system: You are a helpful assistant.
user:
Analyze the provided spectrum to determine if it is a **"Cataclysmic Variables (CV)"**.

- **Key Indicators for CV (Check for either state):**
    - **State 1: Quiescent / Low-State (Emission-Dominated)**
        - **(Primary):** Strong and *very broad* Hydrogen Balmer emission lines (e.g., $H\alpha$ at 6563 Å, $H\beta$ at 4861 Å). The 'broadness' (high velocity dispersion, often FWHM > 1000 km/s) is the key diagnostic, indicating a high-velocity accretion disk.
        - **(Secondary):** Broad neutral Helium (He I) emission lines (e.g., 5876 Å, 6678 Å).
        - **(Key Confirmation):** Presence of high-excitation *ionized* Helium (He II) emission at 4686 Å. This is a strong indicator of accretion onto a white dwarf.
        - **(Line Profile):** Emission lines may exhibit a 'double-peaked' profile, which is a classic signature of a rotating accretion disk viewed at high inclination.

    - **State 2: Outburst / High-State (Absorption-Dominated)**
        - **(Primary):** Spectrum is dominated by a bright, blue continuum (looks like a hot star).
        - **(Secondary):** The emission lines from State 1 are weak, absent, or 'filled in', and are replaced by broad, shallow *absorption* lines (primarily Balmer and He I).
        - **(Morphology):** The overall spectrum mimics a hot B/A-type star. The crucial difference is that the absorption lines are significantly broader, shallower, and more 'washed-out' (or 'smeared') than the sharp lines of a normal stellar photosphere, due to high rotational speeds and pressure broadening in the disk.

Think first, call **spectral_visualization_tool** if needed to examine features in detail, then provide your final answer. Your response must adhere to the following strict rules:
1.  **Overall Structure:** Your response must follow the format `<think>...</think> <tool_call>...</tool_call> (if a tool is used) <answer>...</answer>`.
2.  **Tool Usage Constraint:** You may only make **one** tool call per turn.
3.  **Final Answer Format:** In the `<answer>` tag, your conclusion must be inside a `\boxed{}` command (e.g., `\boxed{YES}`), followed by your justification.

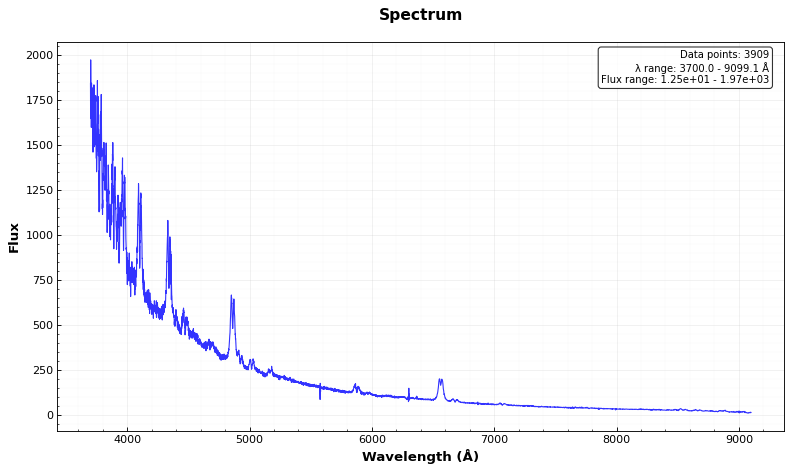
Answer: YES